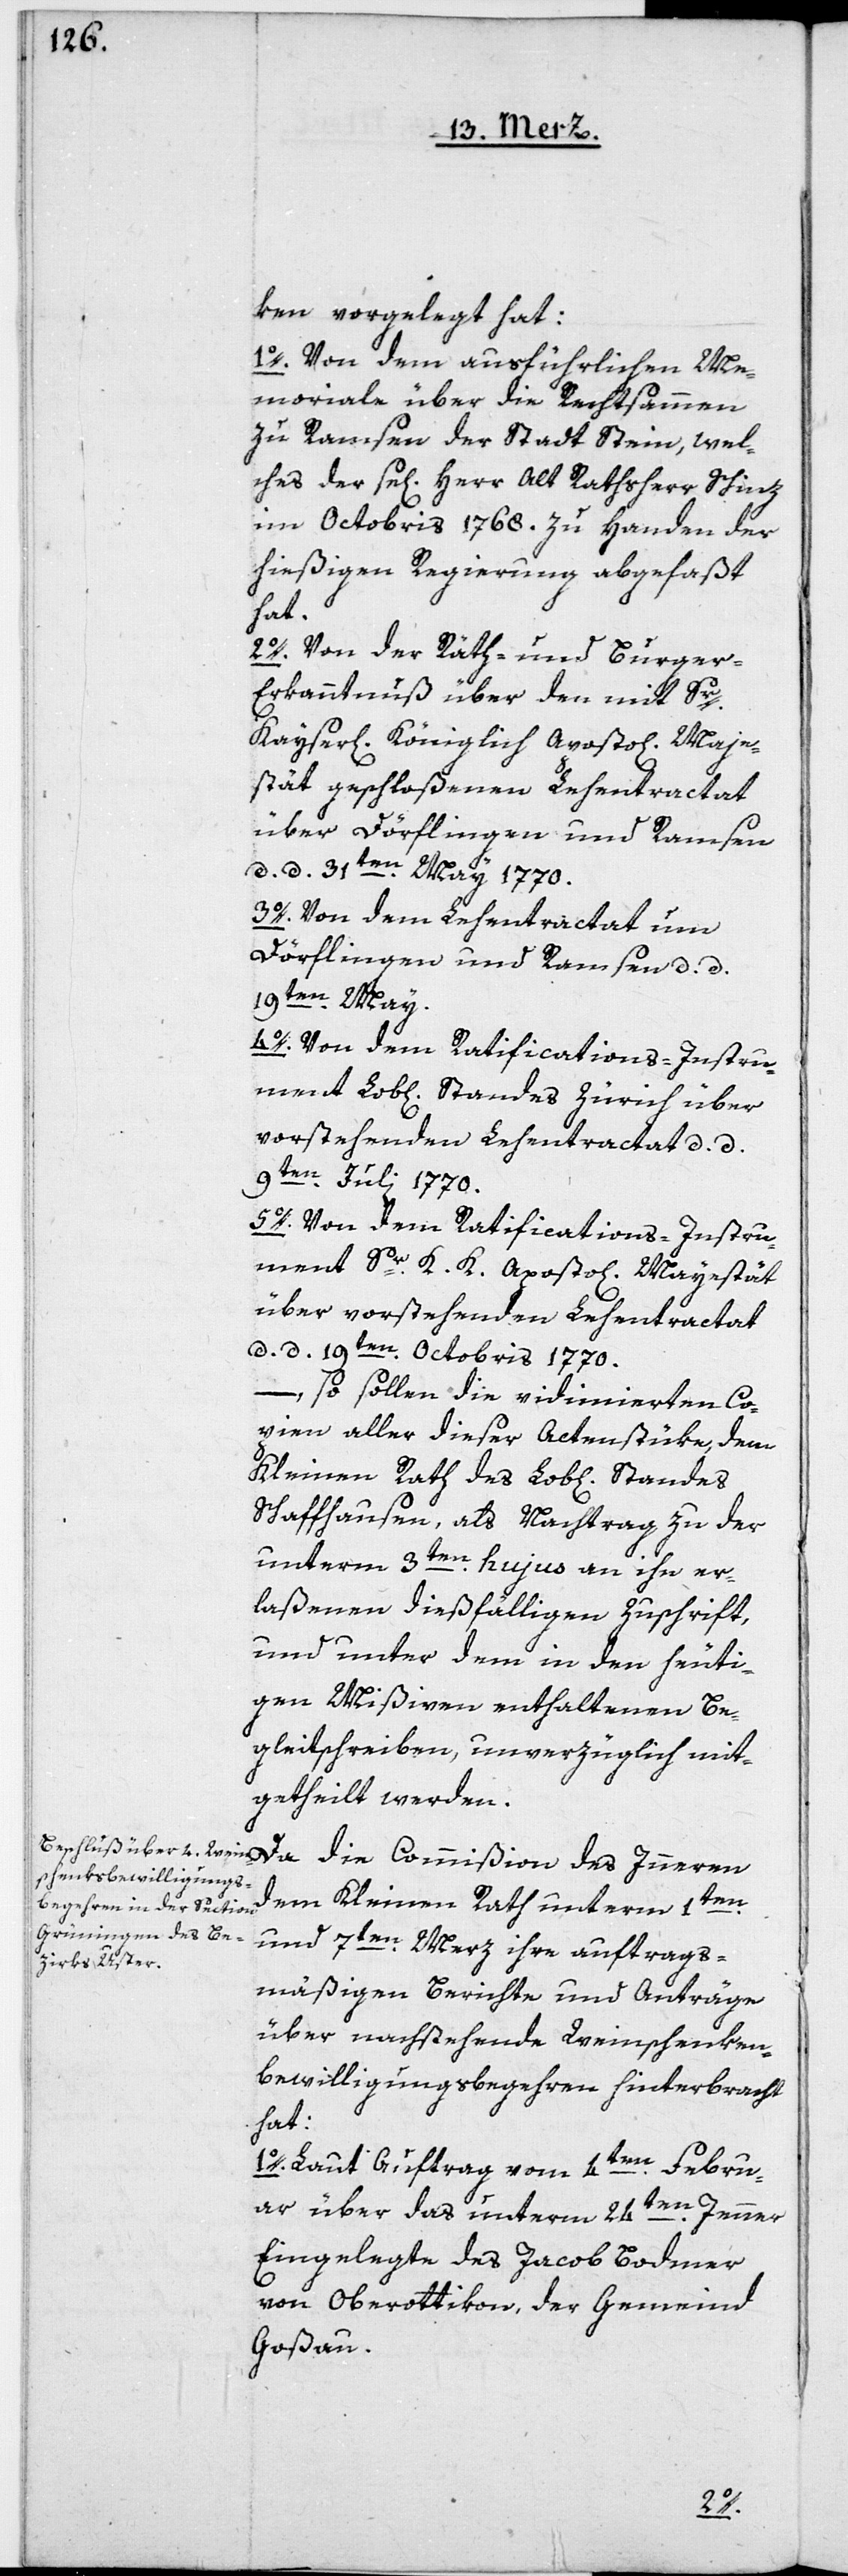
ken vorgelegt hat:
1o. Von dem ausführlichen Me¬
moriale über die Rechtsammen
zu Ramsen der Stadt Stein, wel¬
ches der se[lige] Herr Alt Rathsherr Schinz
im Octobris 1768. zu Handen der
hießigen Regierung abgefaßt
hat.
2o. Von der Räth- und Burge¬
r-Erkanntnuß über den mit Sr.
stät gefloßenen Lehentractat
über Dörflingen und Ramsen
d. d. 31ten May 1770.
3o. Von dem Lehentractat um
Dörflingen und Ramsen d.
d.19ten May.
4o. Von dem Ratifications-Instru¬
ment Lob[lichen] Standes Zürich über
vorstehenden Lehentractat d. d.
9ten Juli 1770.
5o. Von dem Ratifications-Instru¬
ment Sr. K. K. Aposto[lischen] Mayestät
über vorstehenden Lehentractat
d. d. 19ten Octobris 1770.
Maje¬
so sollen die vidimierten Co¬
pien aller dieser Actenstüke, dem
Kleinen Rath des Lob[lichen] Standes
Schaffhausen, als Nachtrag zu der
unterm 3ten hujus an ihn er¬
laßenen dießfälligen Zuschrift,
und unter dem in den heuti¬
gen Mißiven enthaltenen Be¬
gleitschreiben, unverzüglich mit¬
getheilt werden.
dem Kleinen Rath unterm 1ten
und 7ten Merz ihre auftrags¬
mäßigen Berichte und Anträge
über nachstehende Weinschenken¬
bewilligungsbegehren hinterbracht
hat:
1o. Laut Auftrag vom 4ten Febru¬
ar über das unterm 24ten Jenner
Eingelegte des Jacob Bodmer
von Oberottikon, der Gemeind
Goßau.